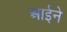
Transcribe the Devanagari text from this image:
आर्इने